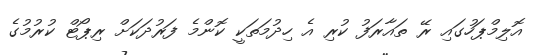
އޮލިމްޕަހުގައި ރޭ ތައާރަފު ކުރި އެ ހިދުމަތަކީ ކޮންމެ ފަރުދަކަށް ރިޕޯޓް ކުރުމުގެ